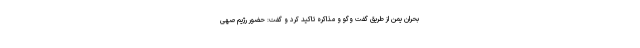
بحران یمن از طریق گفت وگو و مذاکره تاکید کرد و گفت: حضور رژیم صهی